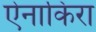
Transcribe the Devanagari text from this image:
ऐनाकिंरा